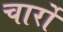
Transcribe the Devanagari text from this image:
चार्रो